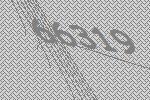
66319